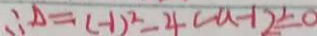
\therefore \Delta = ( - 1 ) ^ { 2 } - 4 ( a - 1 ) \leq 0